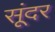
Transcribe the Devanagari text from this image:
सूंदर